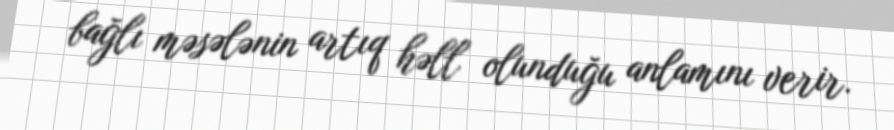
bağlı məsələnin artıq həll olunduğu anlamını verir.